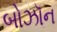
બોઝૉન